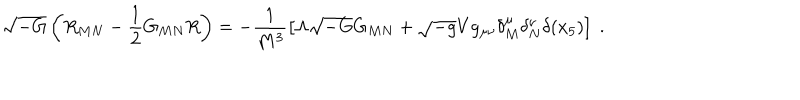
LaTeX: \sqrt { - G } \left( R _ { M N } - \frac { 1 } { 2 } G _ { M N } R \right) = - \frac { 1 } { M ^ { 3 } } \left[ \Lambda \sqrt { - G } G _ { M N } + \sqrt { - g } V g _ { \mu \nu } \delta _ { M } ^ { \mu } \delta _ { N } ^ { \nu } \delta ( x _ { 5 } ) \right] ~ .